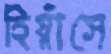
হিয়াঁসে